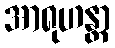
အာရုဟန္တာ